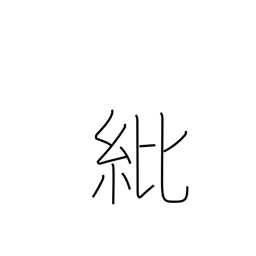
Meaning: decoration